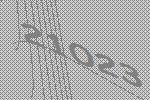
21023